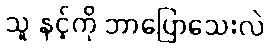
သူ နင့်ကို ဘာပြောသေးလဲ